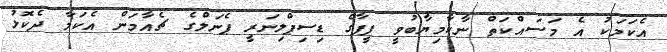
އެކަމަކު އެ މަސައްކަތް ނާކާމިޔާބުވީ ފީފާގެ ޑިސިޕްލިނަރީ ޕެނަލްގެ ޗެއާމަން އެކަމާ ދެކޮޅު